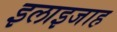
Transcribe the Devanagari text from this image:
इलाइजाह